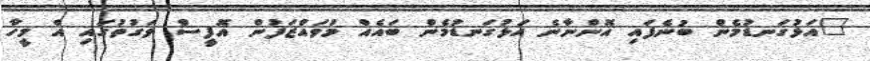
"އަޅުގަނޑުމެން ބުނެފައި އޮންނާނެ އަޅުގަނޑުމެން ބައެއް މުވައްޒަފުން އޮފީސް ވަގުތުގައި އެ މީހާ